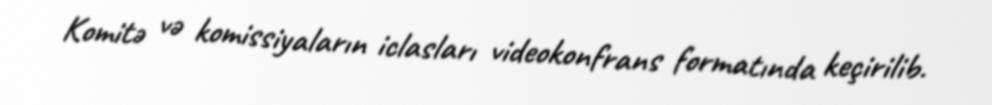
Komitə və komissiyaların iclasları videokonfrans formatında keçirilib.